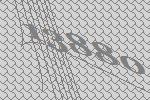
13880